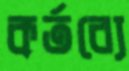
কর্তব্যে